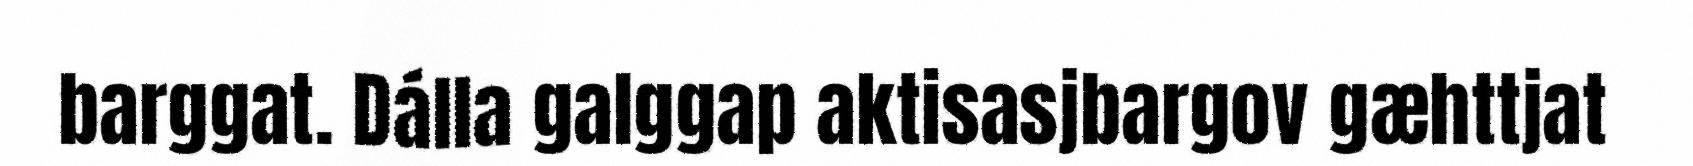
barggat. Dálla galggap aktisasjbargov gæhttjat